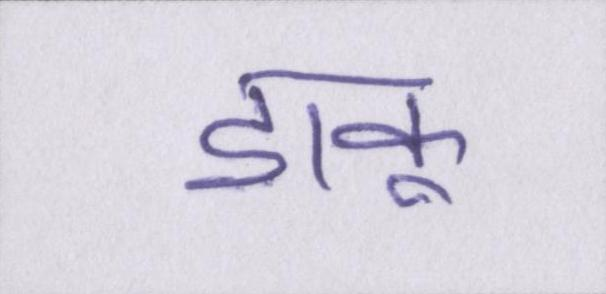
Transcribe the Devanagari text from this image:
डाकू